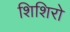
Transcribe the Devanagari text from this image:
शिशिरो